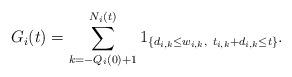
LaTeX: \begin{align*}G_i(t) = \sum_{k=-Q_i(0)+1}^{N_i(t)} 1_{\{d_{i,k} \le w_{i,k}, \ t_{i,k}+d_{i,k}\le t\}}.\end{align*}